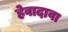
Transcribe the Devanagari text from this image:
हेवादावा